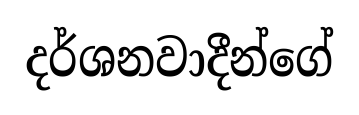
දර්ශනවාදීන්ගේ